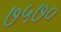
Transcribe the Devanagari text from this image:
७५७०